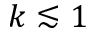
k \lesssim 1